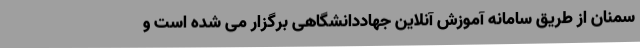
سمنان از طریق سامانه آموزش آنلاین جهاددانشگاهی برگزار می شده است و